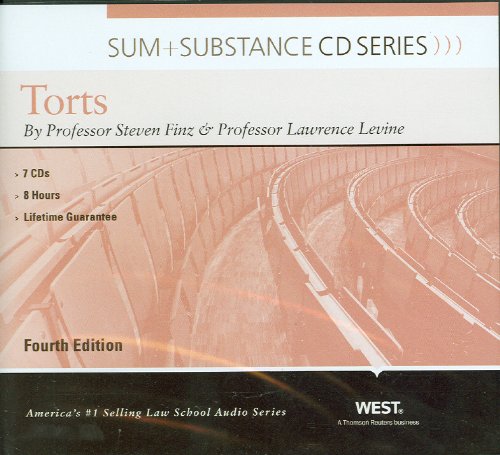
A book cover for Sum and Substance Audio on Torts; Steven Finz; Law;